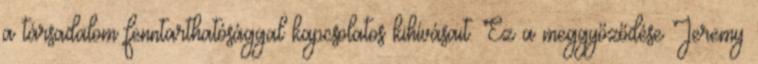
a társadalom fenntarthatósággal kapcsolatos kihívásait. Ez a meggyőződése Jeremy